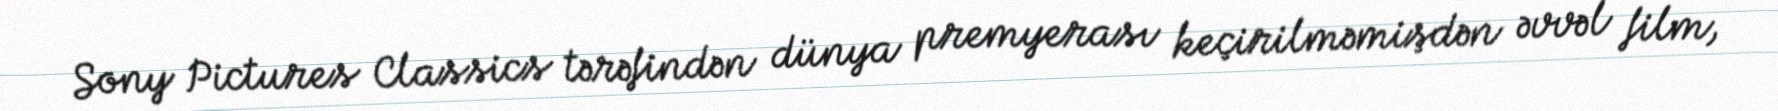
Sony Pictures Classics tərəfindən dünya premyerası keçirilməmişdən əvvəl film,